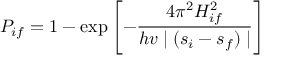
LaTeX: P _ { i f } = 1 - \exp \left[ - { \frac { 4 \pi ^ { 2 } { H _ { i f } ^ { 2 } } } { h v \mid ( s _ { i } - s _ { f } ) \mid } } \right]